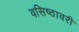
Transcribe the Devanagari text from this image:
वसिष्ठावरी